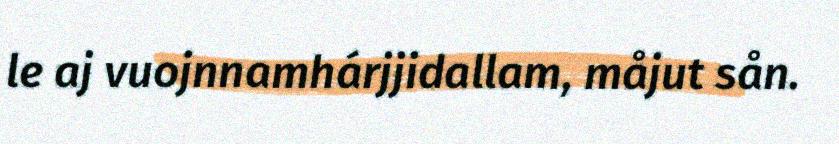
le aj vuojnnamhárjjidallam, måjut sån.